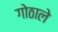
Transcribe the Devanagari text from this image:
गोठाले